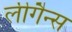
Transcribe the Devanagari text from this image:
लीगैन्स